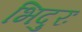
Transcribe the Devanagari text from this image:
भिदुरः